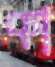
কা